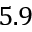
5 . 9